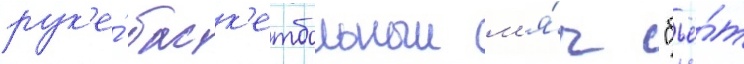
рук'е́ баск'етбольныи м'я́ч "бьё́т